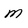
Character: M